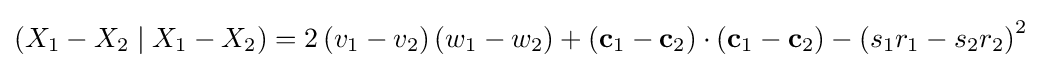
\left(X_{1}-X_{2}\mid X_{1}-X_{2}\right)=2\left(v_{1}-v_{2}\right)\left(w_{1}-w_{2}\right)+\left(\mathbf {c} _{1}-\mathbf {c} _{2}\right)\cdot \left(\mathbf {c} _{1}-\mathbf {c} _{2}\right)-\left(s_{1}r_{1}-s_{2}r_{2}\right)^{2}